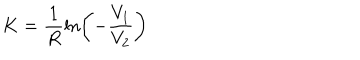
K = \frac { 1 } { R } \ln \left( - \frac { V _ { 1 } } { V _ { 2 } } \right)